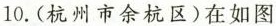
10.(杭州市余杭区)在如图